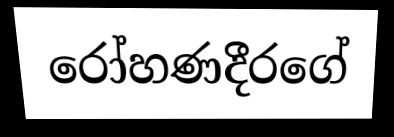
රෝහණදීරගේ